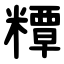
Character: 䊤